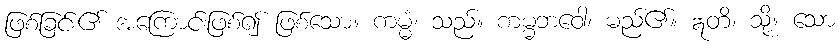
ဖြစ်ခြင်း၏ အကြောင်းဖြစ်၍ ဖြစ်သော။ ကမ္မံ၊ သည်။ ကမ္မဘဝေါ၊ မည်၏။ ဣတိ၊ သို့။ သော